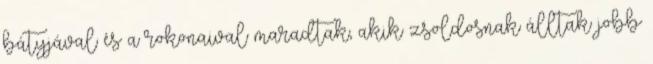
bátyjával és a rokonaival maradtak, akik zsoldosnak álltak jobb